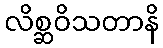
လိစ္ဆဝိသတာနိ